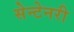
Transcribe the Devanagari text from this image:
सेन्टेनरी